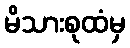
မိသားစုထံမှ